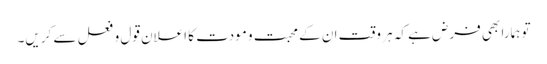
تو ہمارا بھی فرض ہے کہ ہر وقت ان کے محبت و مودت کا اعلان قول و فعل سے کریں۔